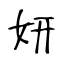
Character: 妍